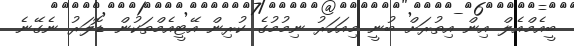
ބީއެމްއެލް އިން އިތުރަށް ބުނީ މިއަހަރު ނިމުމުގެ ކުރިން އޭޓީއެމްތަކުން ޑޮލަރު ނެގޭނެ